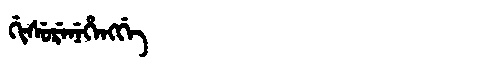
Manchu: ᡤᡳᠰᡠᡵᡝᠨᡝᡥᡝᠩᡤᡝ
Romanization: GISURENEHENGGE